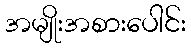
အမျိုးအစားပေါင်း